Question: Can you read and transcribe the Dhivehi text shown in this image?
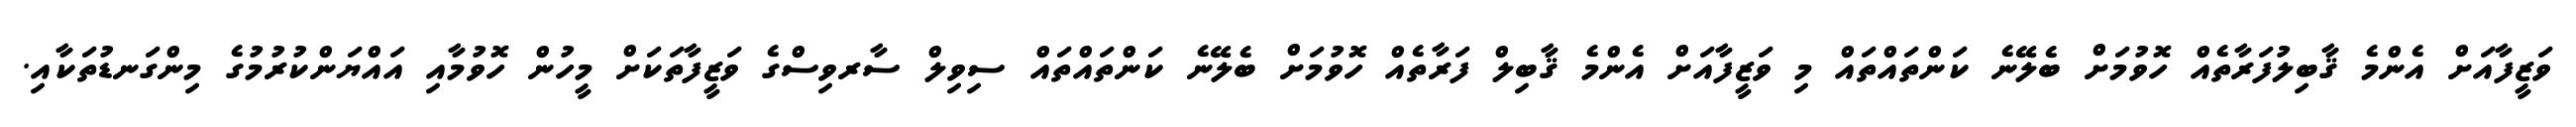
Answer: ވަޒީފާއަށް އެންމެ ޤާބިލުފަރާތެއް ހޮވުމަށް ބެލޭނެ ކަންތައްތައް މި ވަޒީފާއަށް އެންމެ ޤާބިލް ފަރާތެއް ހޮވުމަށް ބެލޭނެ ކަންތައްތައް ސިވިލް ސާރވިސްގެ ވަޒީފާތަކަށް މީހުން ހޮވުމާއި އައްޔަންކުރުމުގެ މިންގަނޑުތަކާއި.